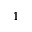
1